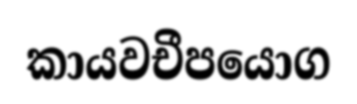
කායවචීපයොග